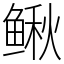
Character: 鳅